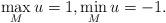
LaTeX: \begin{align*}\max_{M} u = 1, \min_{M} u = - 1.\end{align*}